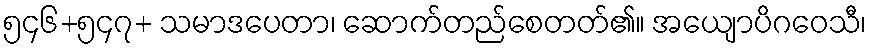
၅၄၆+၅၄၇+ သမာဒပေတာ၊ ဆောက်တည်စေတတ်၏။ အယျောပိဂဝေသီ၊